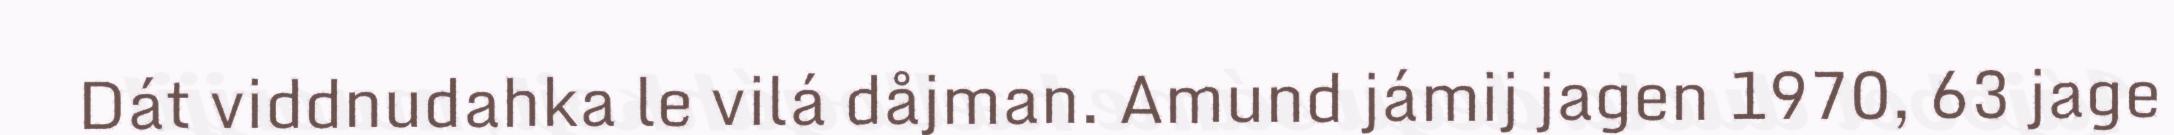
Dát viddnudahka le vilá dåjman. Amund jámij jagen 1970, 63 jage